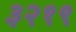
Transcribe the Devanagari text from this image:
३२१९